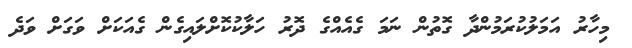
މިހާރު އަމަލުކުރަމުންދާ ގޮތުން ނަމަ ގެއެއްގެ ދޮރު ހަލާކުކޮށްލައިގެން ގެއަކަށް ވަގަށް ވަދެ